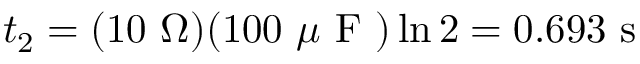
t _ { 2 } = ( 1 0 \mathrm { ~ } \Omega ) ( 1 0 0 \mathrm { ~ } \mu \mathrm { ~ F ~ } ) \ln 2 = 0 . 6 9 3 \mathrm { ~ s ~ }